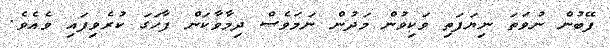
ފޭބުން ނުވަތަ ނިޔަފަތި ވަކިވުން މަދުން ނަމަވެސް ދިމާވާކަން ފާހަގަ ކުރެވިފައި ވެއެވެ.